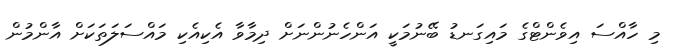
މި ހާއްސަ އިވެންޓްގެ މައިގަނޑު ބޭނުމަކީ އަންހެނުންނަށް ދިމާވާ އެކިއެކި މައްސަލަތަކަށް އާންމުން